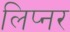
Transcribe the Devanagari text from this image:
लिप्नर